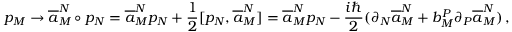
p _ { M } \to \overline { { { a } } } _ { M } ^ { N } \circ p _ { N } = \overline { { { a } } } _ { M } ^ { N } p _ { N } + \frac { 1 } { 2 } [ p _ { N } , \overline { { { a } } } _ { M } ^ { N } ] = \overline { { { a } } } _ { M } ^ { N } p _ { N } - \frac { i \hbar } { 2 } ( \partial _ { N } \overline { { { a } } } _ { M } ^ { N } + b _ { M } ^ { P } \partial _ { P } \overline { { { a } } } _ { M } ^ { N } ) \, ,